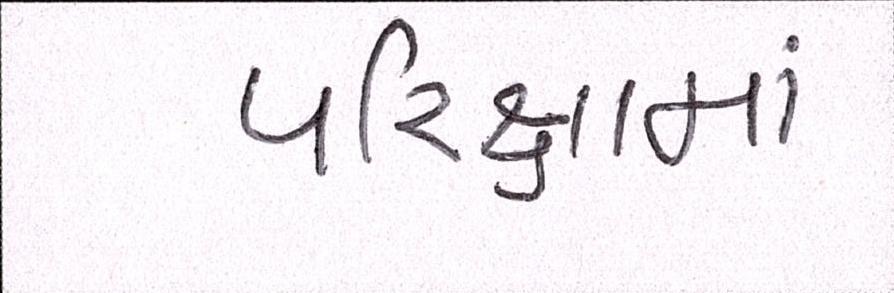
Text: પરિક્ષામાં